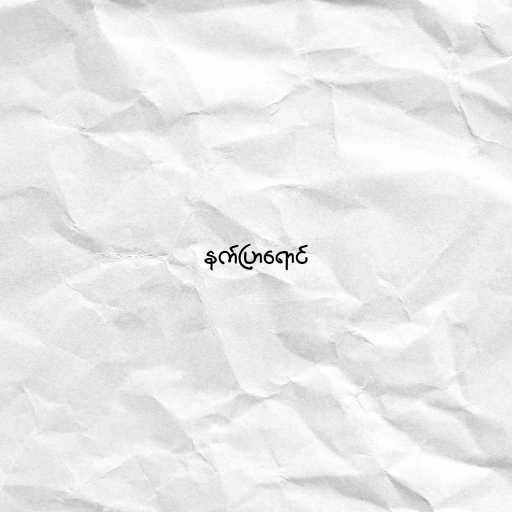
နက်ပြာရောင်